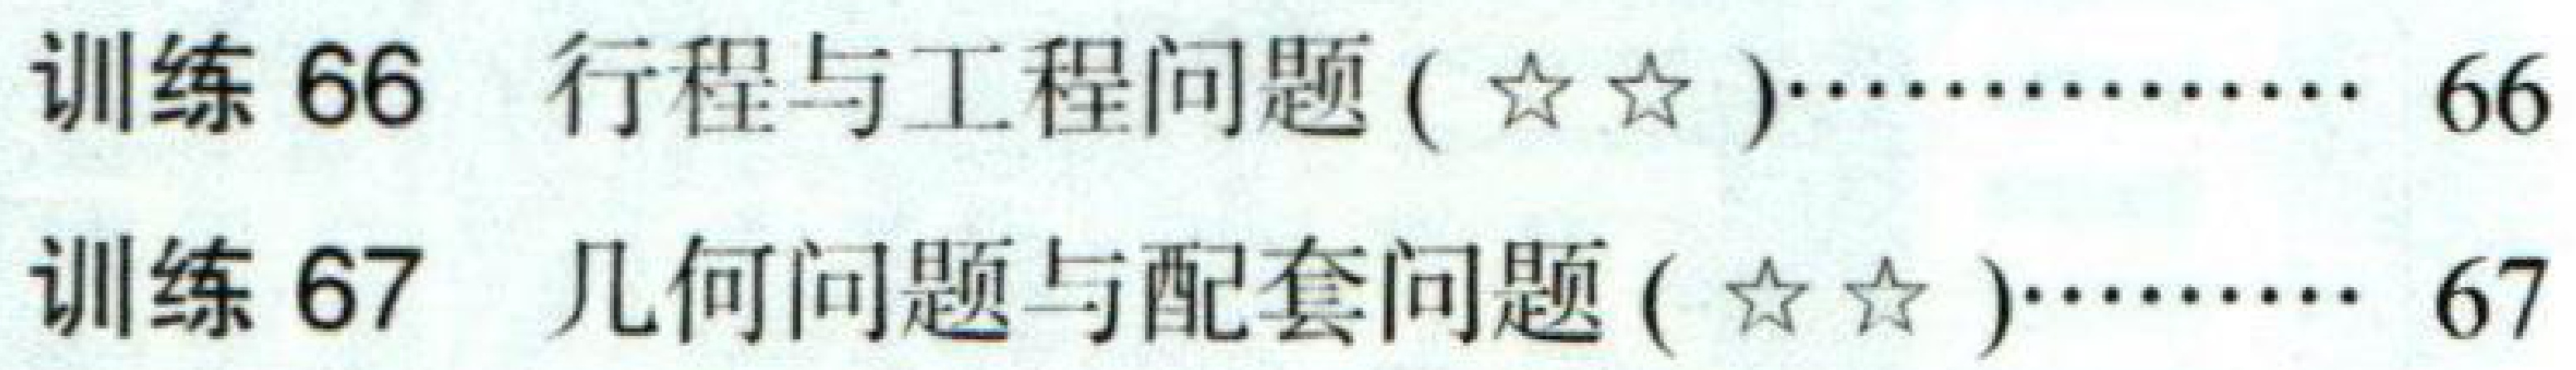
训练 66  行程与工程问题 ($\star\star$)……………… 66

训练 67  几何问题与配套问题 ($\star\star$)………… 67